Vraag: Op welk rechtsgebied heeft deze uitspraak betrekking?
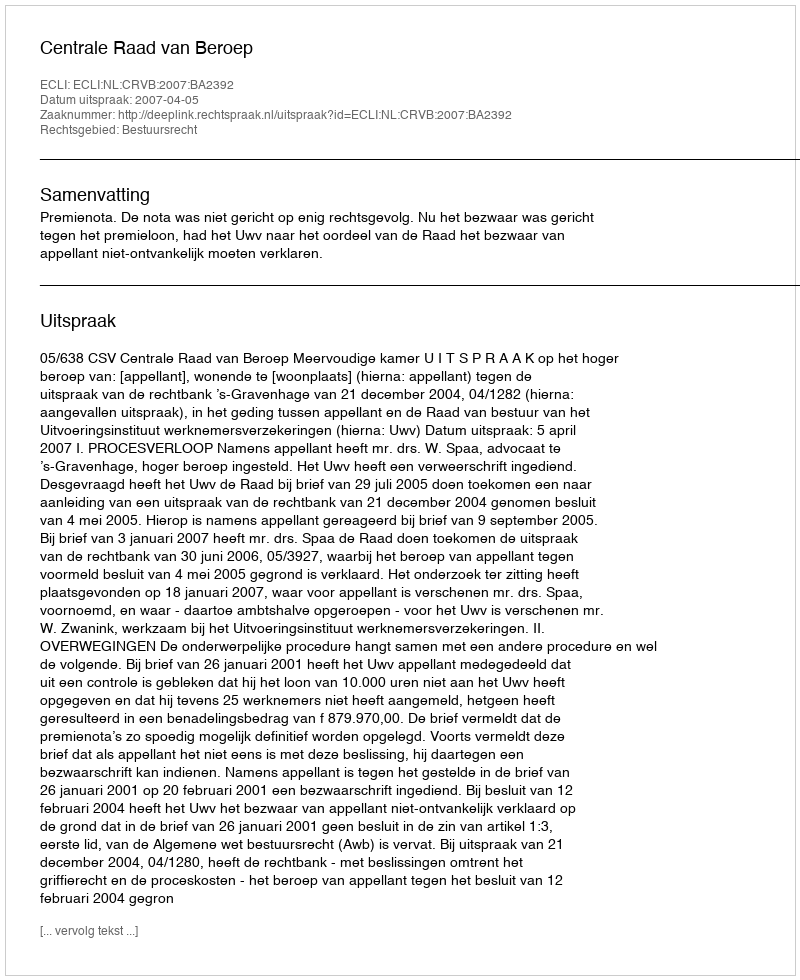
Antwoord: Bestuursrecht